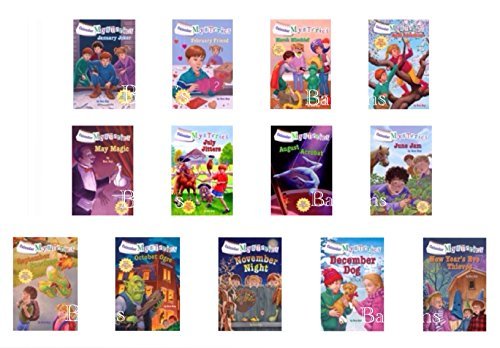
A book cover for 13 Book Collection: Calendar Mysteries January Joker, February Friend, March Mischief, April Adventure, May Magic, June Jam, July Jitters, August Acrobat, September Sneakers, October Ogre, November Night, December Dog, New Year's Eve Thieves; Ron Roy; Calendars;